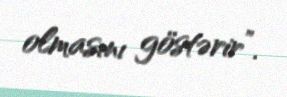
olmasını göstərir”.